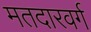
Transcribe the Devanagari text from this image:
मतदारवर्ग